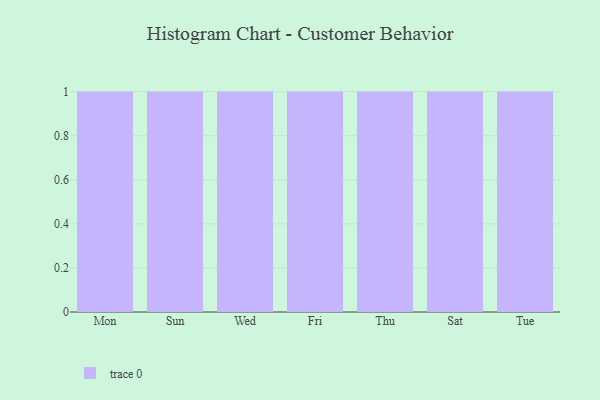
{"axis": {"x": "Day", "y": "Temperature (°C)"}, "legend": [""], "data": [{"x": "Mon", "y": 68, "type": ""}, {"x": "Sun", "y": 32, "type": ""}, {"x": "Wed", "y": 56, "type": ""}, {"x": "Fri", "y": 24, "type": ""}, {"x": "Thu", "y": 98, "type": ""}, {"x": "Sat", "y": 41, "type": ""}, {"x": "Tue", "y": 18, "type": ""}]}